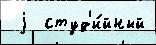
 j  студ'и́йный